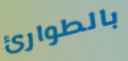
بالطوارئ